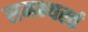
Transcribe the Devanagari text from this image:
समभ्यस्तं